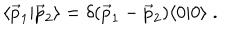
LaTeX: \langle { \vec { p } } _ { 1 } | { \vec { p } } _ { 2 } \rangle = \delta ( { \vec { p } } _ { 1 } - { \vec { p } } _ { 2 } ) \langle 0 | 0 \rangle \; .